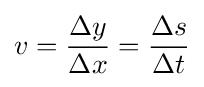
v={\frac {\Delta y}{\Delta x}}={\frac {\Delta s}{\Delta t}}